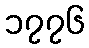
၁၇၇၆